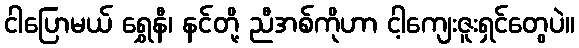
ငါပြောမယ် ရွှေနီ၊ နင်တို့ ညီအစ်ကိုဟာ ငါ့ကျေးဇူးရှင်တွေပဲ။